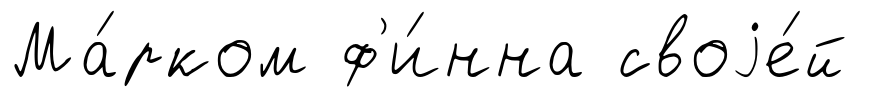
Ма́рком ф'и́нна своjе́й